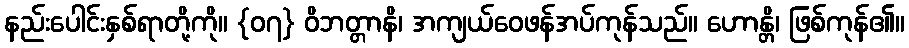
နည်းပေါင်းနှစ်ရာတို့ကို။ {၀၇} ဝိဘတ္တာနိ၊ အကျယ်ဝေဖန်အပ်ကုန်သည်။ ဟောန္တိ၊ ဖြစ်ကုန်၏။